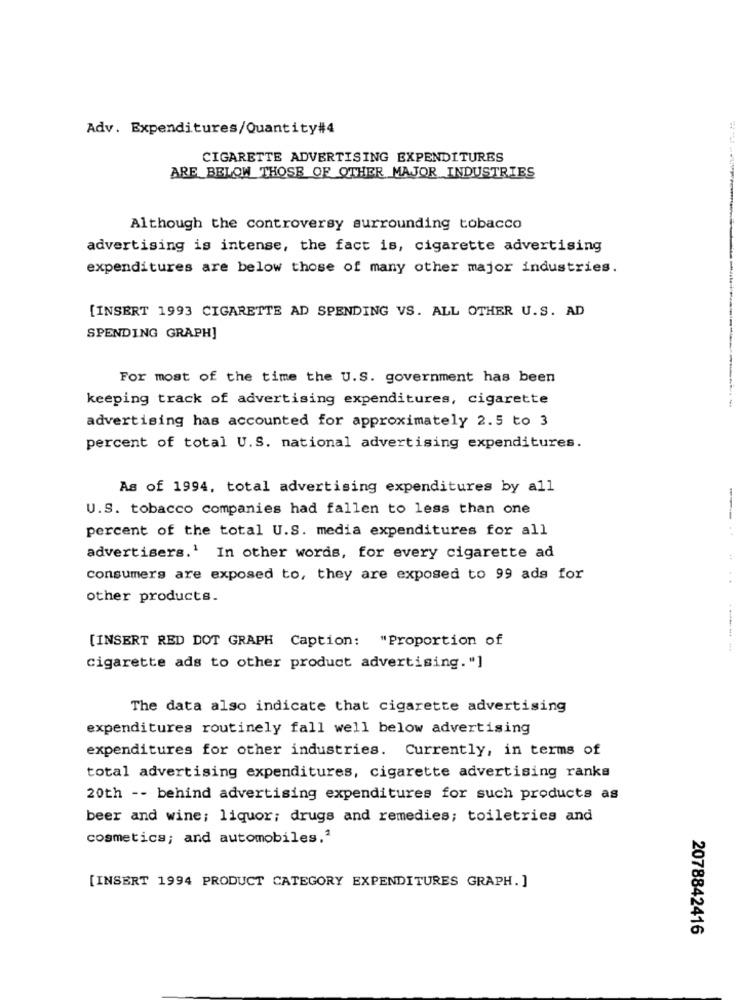
Adv. Expenditures/Quantity#4
CIGARETTE ADVERTISING EXPENDITURES
ARE BELOW THOSE OF OTHER MAJOR INDUSTRIES
Although the controversy surrounding tobacco
advertising is intense, the fact is, cigarette advertising
expenditures are below those of many other major industries.
[INSERT 1993 CIGARETTE AD SPENDING VS. ALL OTHER U.S. AD
SPENDING GRAPH]
For most of the time the U.S. government has been
keeping track of advertising expenditures, cigarette
advertising has accounted for approximately 2.5 to 3
percent of total U.S. national advertising expenditures.
As of 1994, total advertising expenditures by all
U.S. tobacco companies had fallen to less than one
percent of the total U.S. media expenditures for all
advertisers.1 In other words, for every cigarette ad
:
consumers are exposed to, they are exposed to 99 ads for
other products.
[INSERT RED DOT GRAPH Caption: "Proportion of
cigarette ads to other product advertising."]
The data also indicate that cigarette advertising
expenditures routinely fall well below advertising
expenditures for other industries. Currently, in terms of
total advertising expenditures, cigarette advertising ranks
20th -- behind advertising expenditures for such products as
beer and wine; liquor; drugs and remedies; toiletries and
cosmetics; and automobiles."
[INSERT 1994 PRODUCT CATEGORY EXPENDITURES GRAPH. ]
2078842416